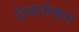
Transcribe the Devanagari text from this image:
देवलोकम